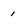
Character: i